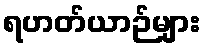
ရဟတ်ယာဉ်များ